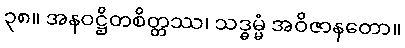
၃၈။ အနဝဋ္ဌိတစိတ္တဿ၊ သဒ္ဓမ္မံ အဝိဇာနတော။